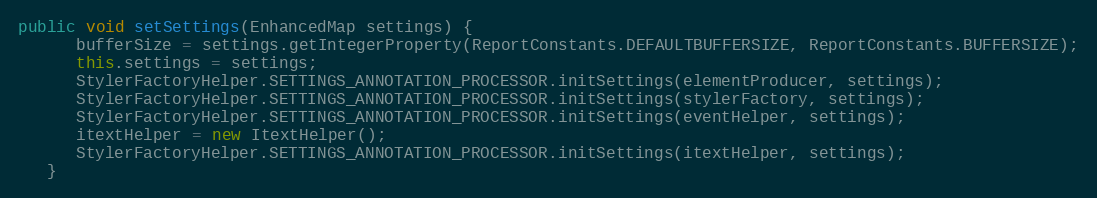
Language: Java
public void setSettings(EnhancedMap settings) {
      bufferSize = settings.getIntegerProperty(ReportConstants.DEFAULTBUFFERSIZE, ReportConstants.BUFFERSIZE);
      this.settings = settings;
      StylerFactoryHelper.SETTINGS_ANNOTATION_PROCESSOR.initSettings(elementProducer, settings);
      StylerFactoryHelper.SETTINGS_ANNOTATION_PROCESSOR.initSettings(stylerFactory, settings);
      StylerFactoryHelper.SETTINGS_ANNOTATION_PROCESSOR.initSettings(eventHelper, settings);
      itextHelper = new ItextHelper();
      StylerFactoryHelper.SETTINGS_ANNOTATION_PROCESSOR.initSettings(itextHelper, settings);
   }